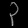
Digit: ၃